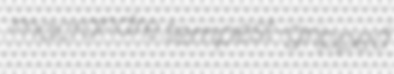
macrandre tempest-gripped